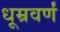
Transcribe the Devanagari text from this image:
धूम्रवर्णं